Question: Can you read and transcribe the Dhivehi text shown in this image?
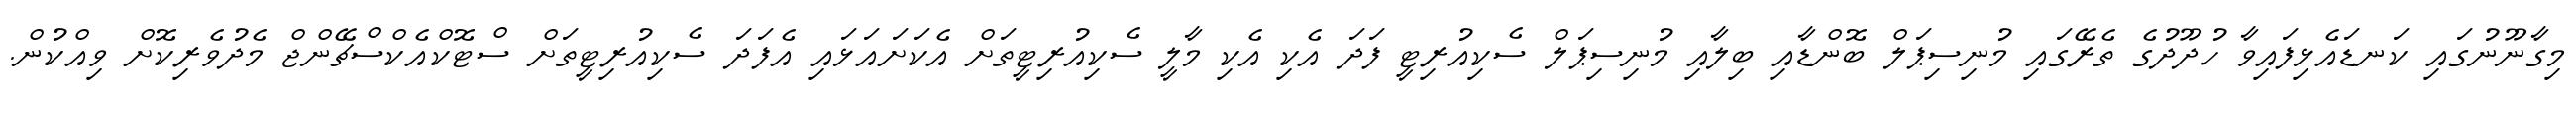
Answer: މިގާނޫނުގައި ކަނޑައެޅިފައިވާ ހުދޫދުގެ ތެރޭގައި މުނިސިޕަލް ބޮންޑާއި ބިލާއި މުނިސިޕަލް ސެކިއުރިޓީ ފަދަ އެކި އެކި މާލީ ސެކިއުރިޓީތަށް އެކަށައަޅައި އެފަދަ ސެކިއުރިޓީތަށް ސްޓޮކްއެކްސްޗޭންޖް މެދުވެރިކޮށް ވިއްކުން.